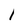
Character: 1